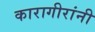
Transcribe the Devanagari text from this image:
कारागीरांनी